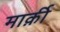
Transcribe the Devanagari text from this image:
मार्क़ी